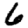
Digit: 6